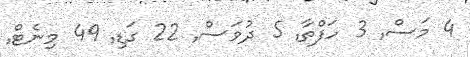
4 މަސް